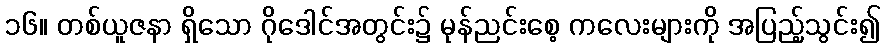
၁၆။ တစ်ယူဇနာ ရှိသော ဂိုဒေါင်အတွင်း၌ မုန်ညင်းစေ့ ကလေးများကို အပြည့်သွင်း၍